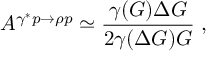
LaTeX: A ^ { \gamma ^ { * } p \to \rho p } \simeq \frac { \gamma ( G ) \Delta G } { 2 \gamma ( \Delta G ) G } \; ,